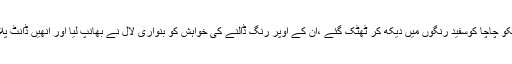
جھنکو چاچا کوسفید رنگوں میں دیکھ کر ٹھٹک گئے ،ان کے اوپر رنگ ڈالنے کی خواہش کو بنواری لال نے بھانپ لیا اور انھیں ڈانٹ پلائی۔